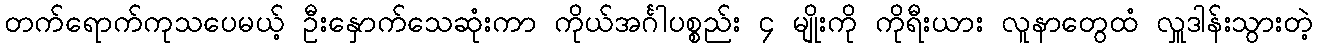
တက်ရောက်ကုသပေမယ့် ဦးနှောက်သေဆုံးကာ ကိုယ်အင်္ဂါပစ္စည်း ၄ မျိုးကို ကိုရီးယား လူနာတွေထံ လှူဒါန်းသွားတဲ့